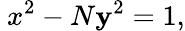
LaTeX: \ x^{2}-N\mathbf{y}^{2}=1,